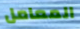
المعامل